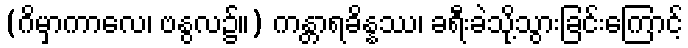
(ဂိမှာကာလေ၊ ဗနွလ၌။) ကန္တာရခိန္နဿ၊ ခရီးခဲသို့သွားခြင်းကြောင့်